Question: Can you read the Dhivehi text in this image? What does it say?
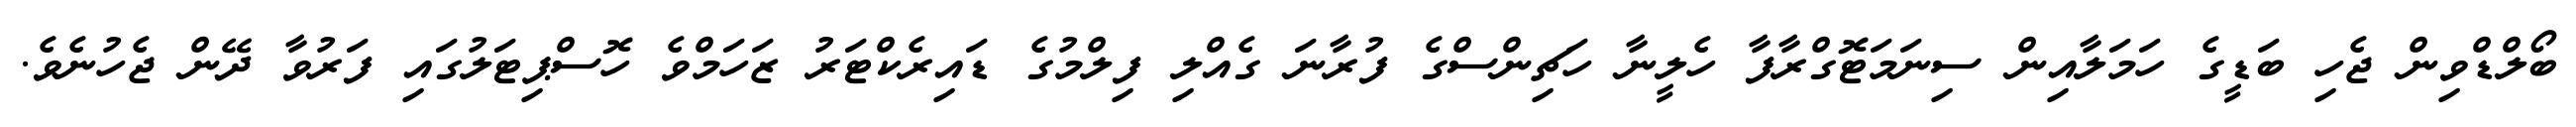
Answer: ބޯލްޑްވިން ޖެހި ބަޑީގެ ހަމަލާއިން ސިނަމަޓޮގްރާފާ ހެލީނާ ހަޗިންސްގެ ފުރާނަ ގެއްލި ފިލްމުގެ ޑައިރެކްޓަރު ޒަހަމްވެ ހޮސްޕިޓަލުގައި ފަރުވާ ދޭން ޖެހުނެވެ.